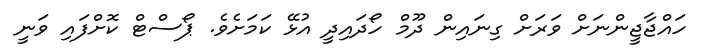
ހައްޖާޖީންނަށް ވަރަށް ގިނައިން ދޫމް ހޯދައިދީ އުޅޭ ކަމަށެވެ. ޕޯސްޓް ކޮށްފައި ވަނީ